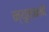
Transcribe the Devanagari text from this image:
न्यूमनने